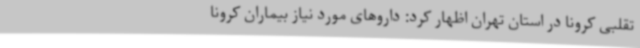
تقلبی کرونا در استان تهران اظهار کرد: داروهای مورد نیاز بیماران کرونا